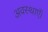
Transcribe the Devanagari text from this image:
अवस्थाएँ।